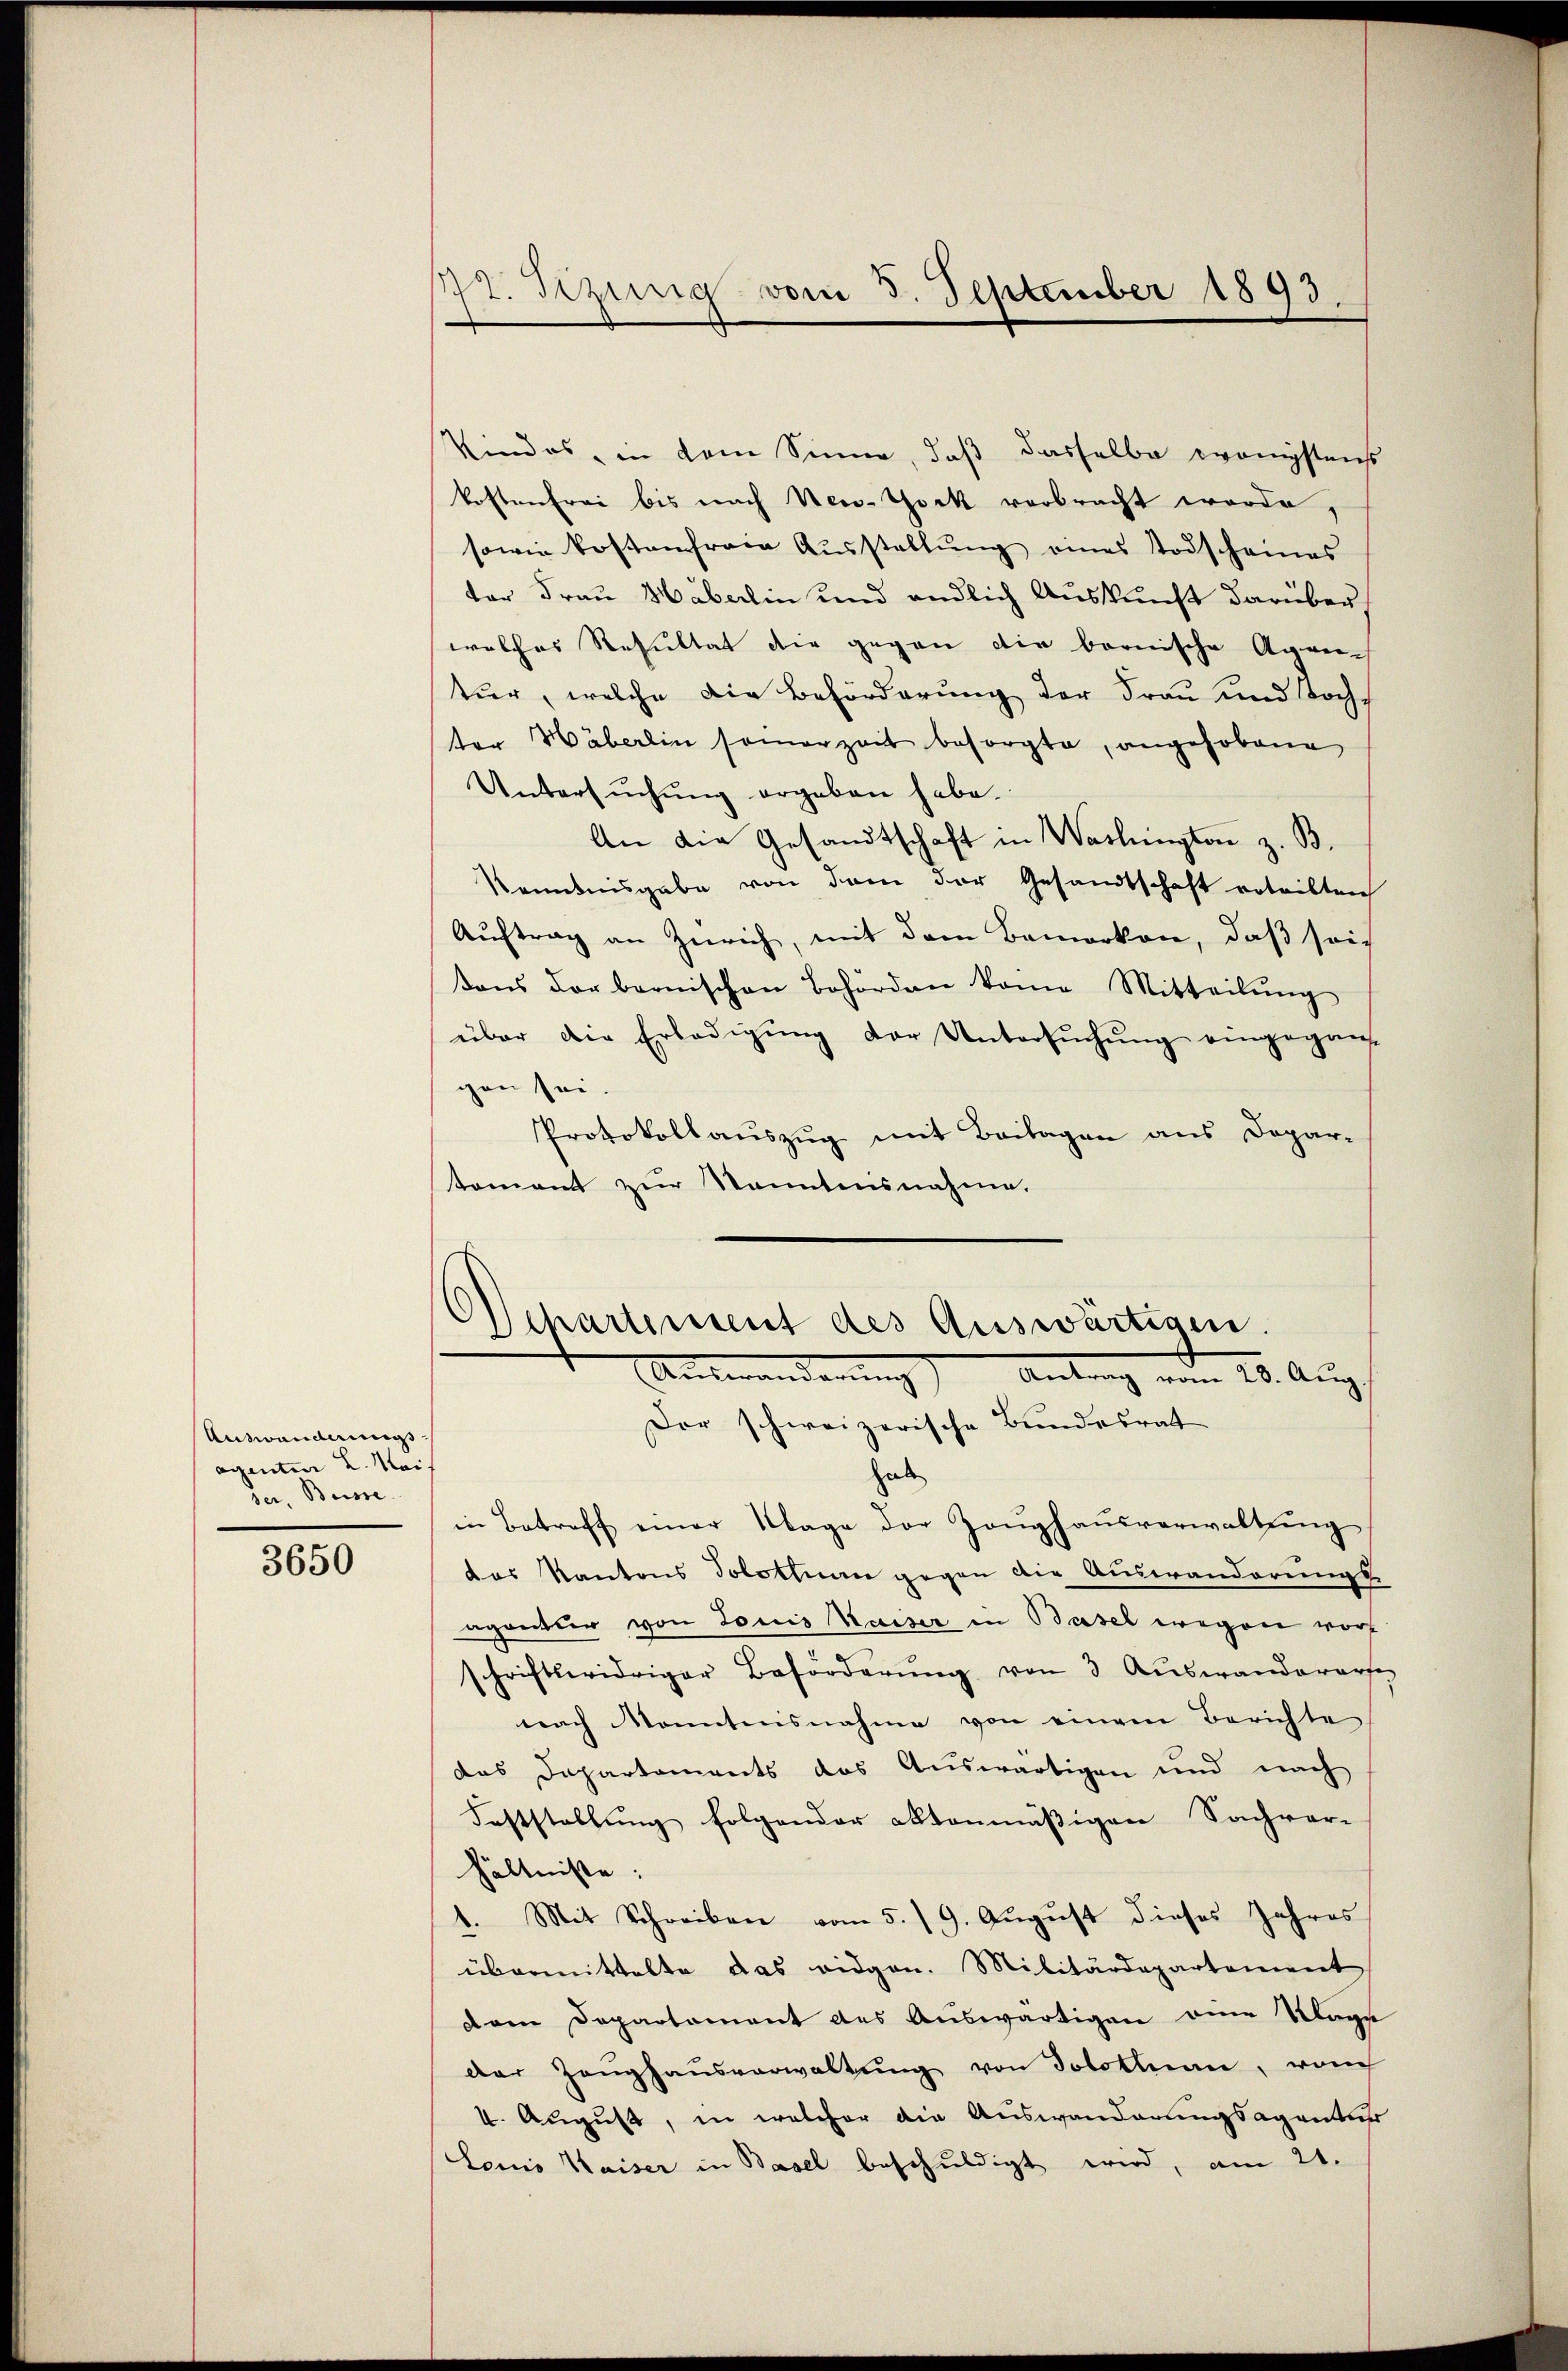
Auswanderungsagenten L. Meis
ser Busse

3650

772. Bezug vom 3. September 1893.

Kindes, in dem Sinne, daß dasselbe wenigstens
kosten frei bis nach New-York verbracht worde,
sowie kostenfreie Aŭsstellŭng eines Todscheines
ter Frau Häberlin und endlich Auskunft darüber
welches Resultat der gegen die bernische Anreic
tur, welche die Beförderung der Frau und Bochs
ter Häberlin samerzeit besorgte, angehobene
Untersŭchŭng ergeben habe.
An die Gesandtschaft in Washington z. B.
Kenntnisgabe von dem der Gesandtschaft erteilten
Aŭftrag an Zürich, mit dem Bemerken, daβ sich
ons der bernischen Behörden kann Mitteilŭng
über die Erledigung der Untersuchung eingegangen sei.
Protokollauszug mit Beilagen aus Depar-
tomant zur kanntensnahme.
chartement des Auswärtigen.
Unteränderung
Antrag vom 26. Aug.
Der schweizerische Bundesrat
hab
in Betreff einer Klage der Zeŭghaŭsverwaltŭng
das Kantons Solothurn gegen die Auswanderungsagantur von Louis Kaiser in Basel wegen worschriftswidriger Beforderŭng von 3 Auswandererse
nach konntnisnahme von einem Berichte
das Departements das Auswärtigen und nach
Feststellung folgender aktenmäßigen Sachver-
hältnisse:
1. Mit Schreiben vom 5./9. August dieses Jahres
übermittelte das eidgen. Militärdepartement
dem Departement des Auswärtigen eine Klage
der Zeŭghaŭsverwaltŭng von Solothurn, von
I. August, in welcher die Auswanderungsagentur
Louis Waiser in Basel beschuldigt wird, am 21.